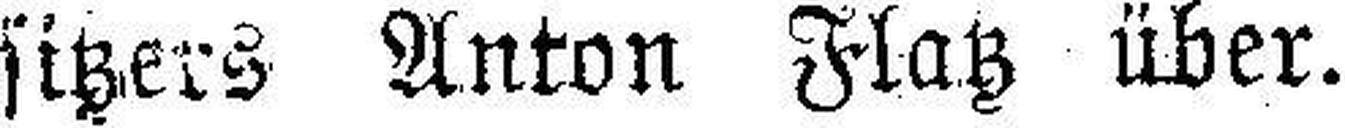
sitzers Anton Flatz über.